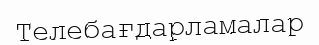
Телебағдарламалар